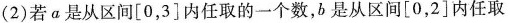
(2) 若 a 是从区间 [ 0，3 ] 内任取的一个数，b 是从区间 [ 0，2 ] 内任取